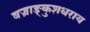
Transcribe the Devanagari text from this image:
वज्राङ्कुशधराय